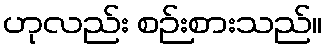
ဟုလည်း စဉ်းစားသည်။